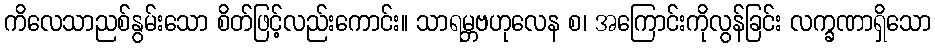
ကိလေသာညစ်နွမ်းသော စိတ်ဖြင့်လည်းကောင်း။ သာရမ္ဘဗဟုလေန စ၊ အကြောင်းကိုလွန်ခြင်း လက္ခဏာရှိသော